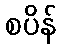
စပိန်